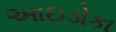
આઇડોકા